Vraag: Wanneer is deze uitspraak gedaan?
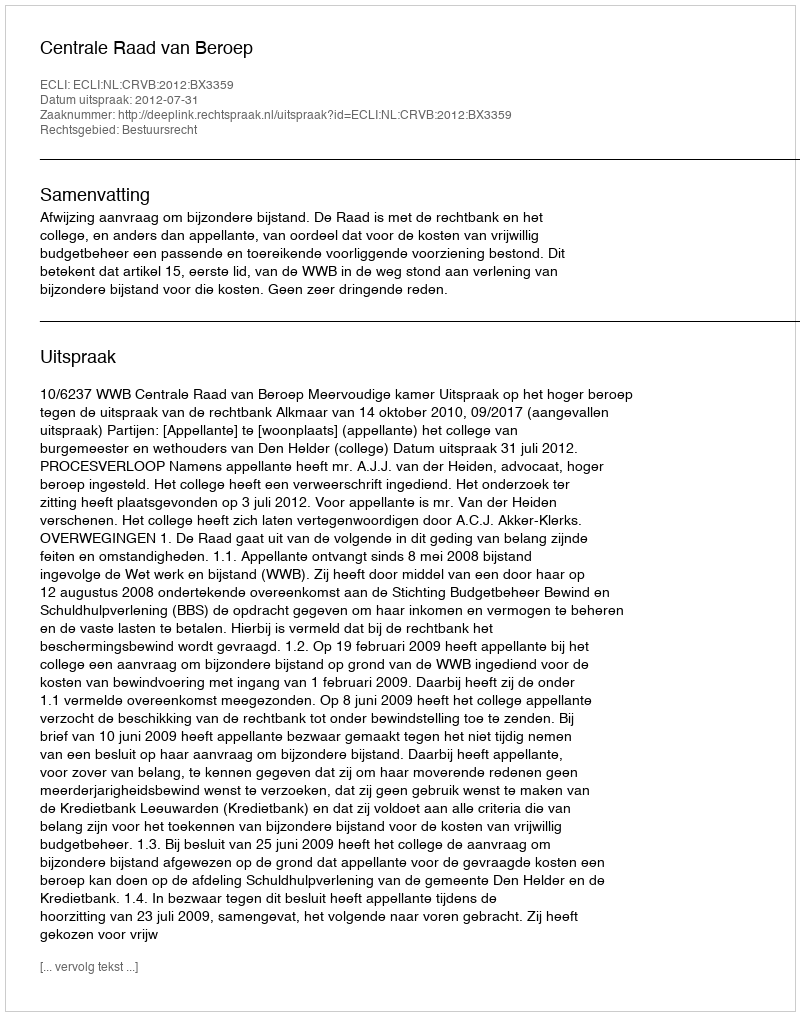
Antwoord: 2012-07-31